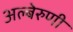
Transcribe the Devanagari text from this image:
अल्बेरुणी